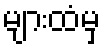
များထံမှ